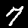
Label: 7